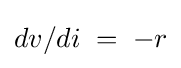
dv/di\;=\;-r